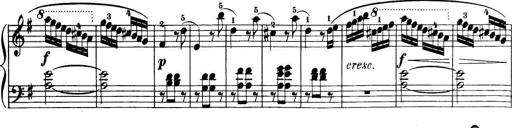
Title: 32 Sonatinas and Rondos for the Piano
Composer: Richard Kleinmichel